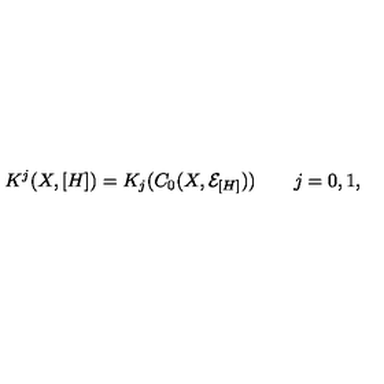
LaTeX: K ^ { j } ( X , [ H ] ) = K _ { j } ( C _ { 0 } ( X , { \mathcal E } _ { [ H ] } ) ) \qquad j = 0 , 1 ,